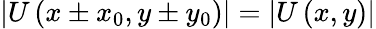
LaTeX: \left|U\left(x\pm x_{0},y\pm y_{0}\right)\right|=\left|U\left(x,y\right)\right|